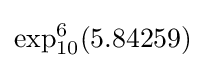
\exp _{10}^{6}(5.84259)